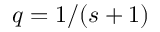
q = 1 / ( s + 1 )